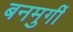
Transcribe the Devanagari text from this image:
बनमुर्गी